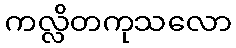
ကလ္လိတကုသလော